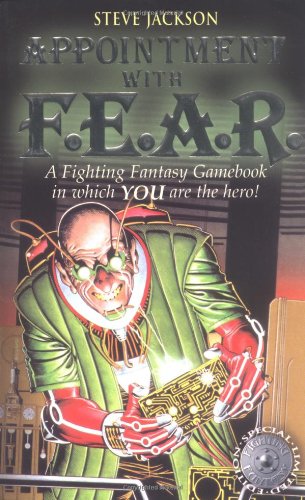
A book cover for Fighting Fantasy 17 Appointment with F.E.A.R. (Fighting Fantasy); Steve Jackson; Teen & Young Adult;